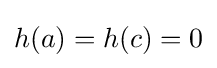
h(a)=h(c)=0